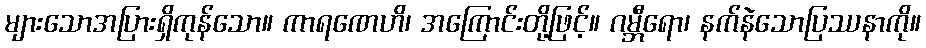
များသောအပြားရှိကုန်သော။ ကာရဏေဟိ၊ အကြောင်းတို့ဖြင့်။ ဂမ္ဘီရော၊ နက်နဲသောပြဿနာကို။